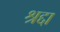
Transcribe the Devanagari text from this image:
श्रद्दा